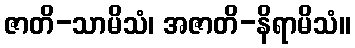
ဇာတိ-သာမိသံ၊ အဇာတိ-နိရာမိသံ။